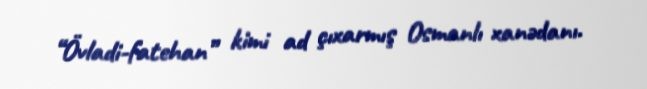
“Övladi-fatehan” kimi ad çıxarmış Osmanlı xanədanı.